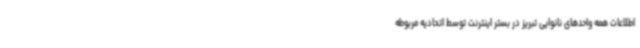
اطلاعات همه واحدهای نانوایی تبریز در بستر اینترنت توسط اتحادیه مربوطه